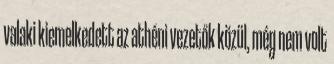
valaki kiemelkedett az athéni vezetők közül, még nem volt